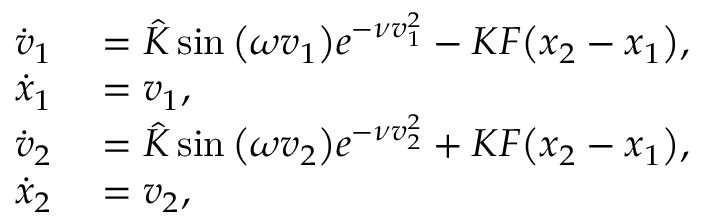
\begin{array} { r l } { \dot { v } _ { 1 } } & { { } = \hat { K } \sin \big ( \omega { v } _ { 1 } \big ) e ^ { - \nu { v } _ { 1 } ^ { 2 } } - K F \big ( { x } _ { 2 } - { x } _ { 1 } \big ) , } \\ { \dot { x } _ { 1 } } & { { } = v _ { 1 } , } \\ { \dot { v } _ { 2 } } & { { } = \hat { K } \sin \big ( \omega { v } _ { 2 } \big ) e ^ { - \nu { v } _ { 2 } ^ { 2 } } + K F \big ( { x } _ { 2 } - { x } _ { 1 } \big ) , } \\ { \dot { x } _ { 2 } } & { { } = v _ { 2 } , } \end{array}